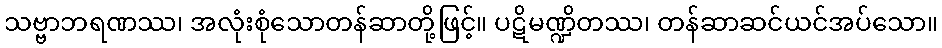
သဗ္ဗာဘရဏဿ၊ အလုံးစုံသောတန်ဆာတို့ဖြင့်။ ပဋိမဏ္ဍိတဿ၊ တန်ဆာဆင်ယင်အပ်သော။